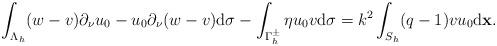
LaTeX: \begin{align*} \begin{aligned} \int_{\Lambda_{h}}(w-v)\partial_{\nu}u_{0}-u_{0}\partial_{\nu}(w-v)\mathrm{d}\sigma-\int_{\Gamma_h^{\pm}}\eta u_0v\mathrm d\sigma &=k^{2}\int_{S_{h}}(q-1)vu_{0}\mathrm{d}\mathbf x. \end{aligned} \end{align*}